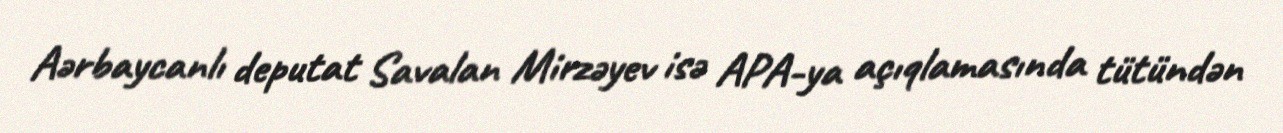
Aərbaycanlı deputat Savalan Mirzəyev isə APA-ya açıqlamasında tütündən